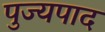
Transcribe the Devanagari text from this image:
पुज्यपाद